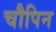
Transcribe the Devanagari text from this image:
चौपिन